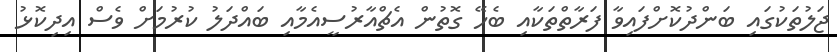
ޖަލުތަކުގައި ބަންދުކޮށްފައިވާ ފަރާތްތަކާއި ބެހޭ ގޮތުން އެޗްއާރުސީއެމާއި ބައްދަލު ކުރުމަށް ވެސް އިދިކޮޅު